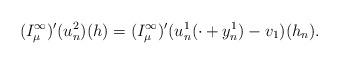
LaTeX: \begin{align*}(I_{\mu}^{\infty})'(u_n^2)(h)&=(I_{\mu}^{\infty})'(u_n^1(\cdot+y_n^1)-v_1)(h_n).\\\end{align*}